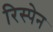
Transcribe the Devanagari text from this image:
रिस्पेन